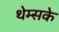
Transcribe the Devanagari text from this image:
थेम्सके